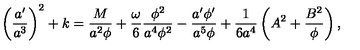
\left( { \frac { a ^ { \prime } } { a ^ { 3 } } } \right) ^ { 2 } + k = { \frac { M } { a ^ { 2 } \phi } } + { \frac { \omega } { 6 } } { \frac { \phi ^ { 2 } } { a ^ { 4 } \phi ^ { 2 } } } - { \frac { a ^ { \prime } \phi ^ { \prime } } { a ^ { 5 } \phi } } + { \frac { 1 } { 6 a ^ { 4 } } } \left( A ^ { 2 } + { \frac { B ^ { 2 } } { \phi } } \right) ,